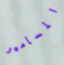
المسامير